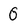
Character: 0